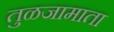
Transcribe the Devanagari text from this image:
तुळजामाता